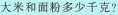
大米和面粉多少千克?